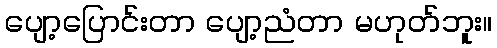
ပျော့ပြောင်းတာ ပျော့ညံတာ မဟုတ်ဘူး။